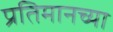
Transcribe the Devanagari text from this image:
प्रतिमानच्या